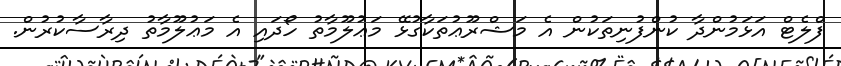
ފްލެޓް އަޅަމުންދާ ކުންފުނިތަކުން އެ މަޝްރޫޢުތަކާގުޅޭ މަޢުލޫމާތު ހޯދައި އެ މަޢުލޫމާތު ދިރާސާކުރުން.